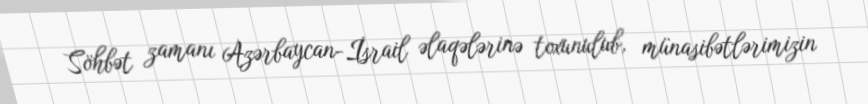
Söhbət zamanı Azərbaycan-İsrail əlaqələrinə toxunulub, münasibətlərimizin